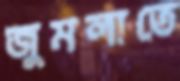
জুমলাতে